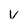
Character: v